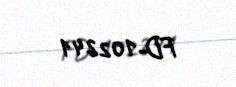
FD-102241